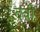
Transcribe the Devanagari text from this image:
दवी